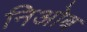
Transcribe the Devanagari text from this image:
निओब